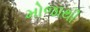
મોજાથી